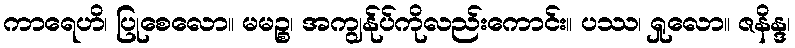
ကာရေဟိ၊ ပြုစေလော။ မမဉ္စ၊ အကျွန်ုပ်ကိုလည်းကောင်း။ ပဿ၊ ရှုလော။ ဇနိန္ဒ၊